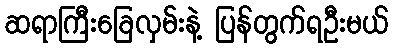
ဆရာကြီးခြေလှမ်းနဲ့ ပြန်တွက်ရဦးမယ်